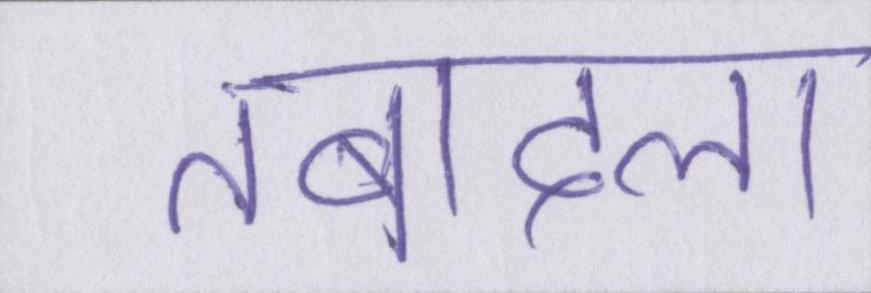
तबादला